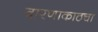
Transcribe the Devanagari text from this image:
वारणाकाठचा